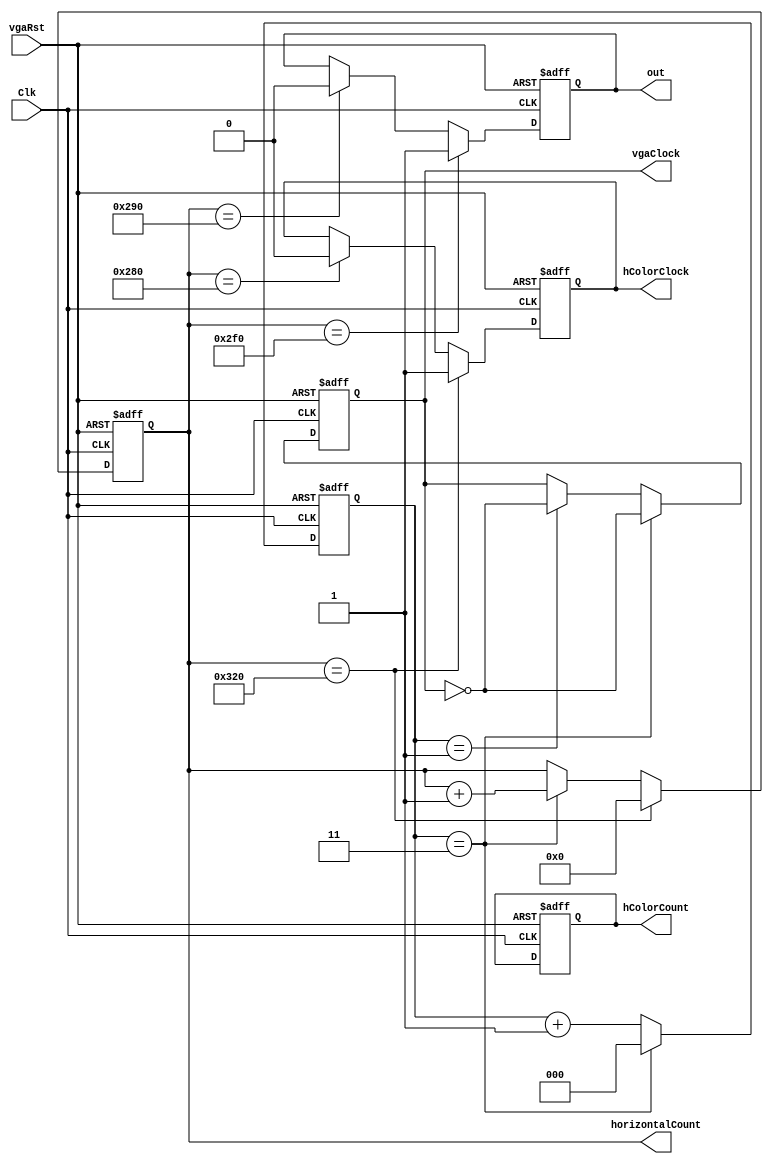
module horizontalCounter(
    input       Clk,
    input       vgaRst,
    output [9:0] horizontalCount,
	output      out,
	output      hColorClock,
	output [9:0] hColorCount,
	output      vgaClock
);

    reg       out;
	reg[2:0]  horizontalClock;
    reg[9:0]  horizontalCount;
    reg  hColorClock;
    reg[9:0]  hColorCount; 
    reg vgaClock;

	always @(negedge Clk or negedge vgaRst) begin
		if (!vgaRst)	begin
			out <= 1;
			horizontalClock <= 0;
			horizontalCount <= 0;
			hColorClock <= 1;
			hColorCount <= 0;
			vgaClock <= 0;
		end
		else begin
			horizontalClock <= horizontalClock + 1;
			
			//
	       if ( horizontalClock == 1 ) begin
	           vgaClock <= ~vgaClock;
	       end
		  if ( horizontalClock == 3 ) begin
			 horizontalClock <= 0;
			 vgaClock <= ~vgaClock;
			 
			 horizontalCount <= horizontalCount + 1;
		  end
		   // 
		  
		  if ( horizontalCount == 640 ) begin
		      hColorClock <= 0;
		  end
		  if ( horizontalCount == 656 ) begin
		     out <= 0;
		     // hColorCount <= hColorCount + 1;
		  end
		  if ( horizontalCount == 752 ) begin
		     out <= 1;
		  end
		  if ( horizontalCount == 800 ) begin
		     horizontalCount <= 0;
		     hColorClock <= 1;
		      /*if ( hColorCount > 640 ) begin
		          hColorCount <= 0;
		      end*/
		  end
		end
	end

endmodule